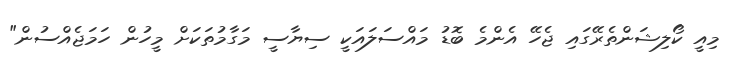
މިއީ ކޯލިޝަންތެރޭގައި ޖެހޭ އެންމެ ބޮޑު މައްސަލައަކީ ސިޔާސީ މަގާމުތަކަށް މީހުން ހަމަޖެއްސުން"